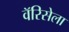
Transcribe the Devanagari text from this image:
वॅरिसेला